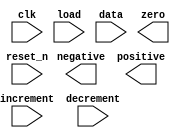
module temp_register (input clk, reset_n, load, increment, decrement, input [7:0] data,
					output negative, positive, zero);



endmodule